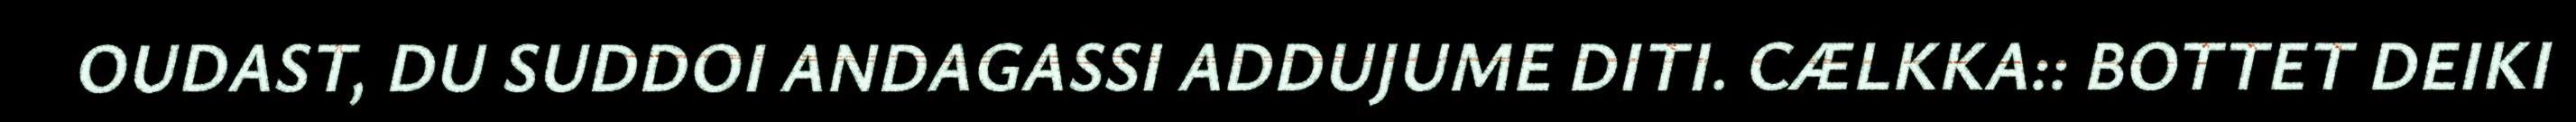
OUDAST, DU SUDDOI ANDAGASSI ADDUJUME DITI. CÆLKKA:: BOTTET DEIKI